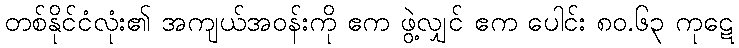
တစ်နိုင်ငံလုံး၏ အကျယ်အဝန်းကို ဧက ဖွဲ့လျှင် ဧက ပေါင်း ၈၀.၆၃ ကုဋေ